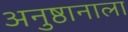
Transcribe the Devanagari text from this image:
अनुष्ठानाला